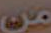
من